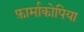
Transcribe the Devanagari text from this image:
फ़ार्माकोपिया